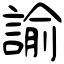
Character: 諭